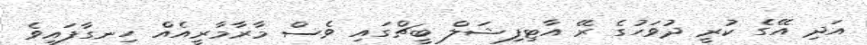
އަދި އޭގެ ކުރީ ދުވަހުގެ ރޭ އާޓިފިޝަލް ބީޗްގައި ވެސް މާރާމާރީއެއް ހިނގާފައިވެ